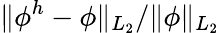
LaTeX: \| \phi^{h}-\phi\| _{L_{2}}/\| \phi\| _{L_{2}}